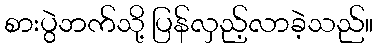
စားပွဲဘက်သို့ ပြန်လှည့်လာခဲ့သည်။